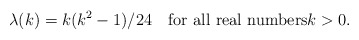
\begin{align*}\lambda(k)= k(k^2-1)/24\quad\text{for all real numbers$k>0$}.\end{align*}